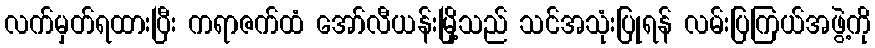
လက်မှတ်ရထားပြီး ကရာဇက်ထံ အော်လီယန်းမြို့သည် သင်အသုံးပြုရန် လမ်းပြကြယ်အဖွဲ့ကို